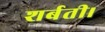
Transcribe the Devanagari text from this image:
शर्बती।